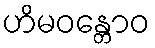
ဟိမဝန္တောဝ